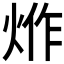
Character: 𤉔